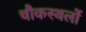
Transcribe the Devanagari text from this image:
चौकस्थलों